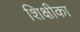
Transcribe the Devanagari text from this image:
शिक्षीका